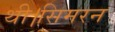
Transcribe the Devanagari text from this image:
थी।सिमरन